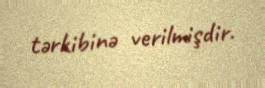
tərkibinə verilmişdir.